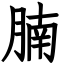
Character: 腩